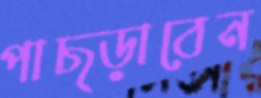
পাছ্‌ড়াবেন